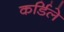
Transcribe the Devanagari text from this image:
कर्डिले